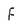
Character: F